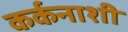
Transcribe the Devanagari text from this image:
कर्कनाशी